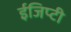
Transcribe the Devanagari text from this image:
ईजिप्टी